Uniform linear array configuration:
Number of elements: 24
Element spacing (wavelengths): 0.25
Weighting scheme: hann
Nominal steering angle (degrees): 15
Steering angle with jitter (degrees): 16.742
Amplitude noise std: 0.05
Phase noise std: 0.05

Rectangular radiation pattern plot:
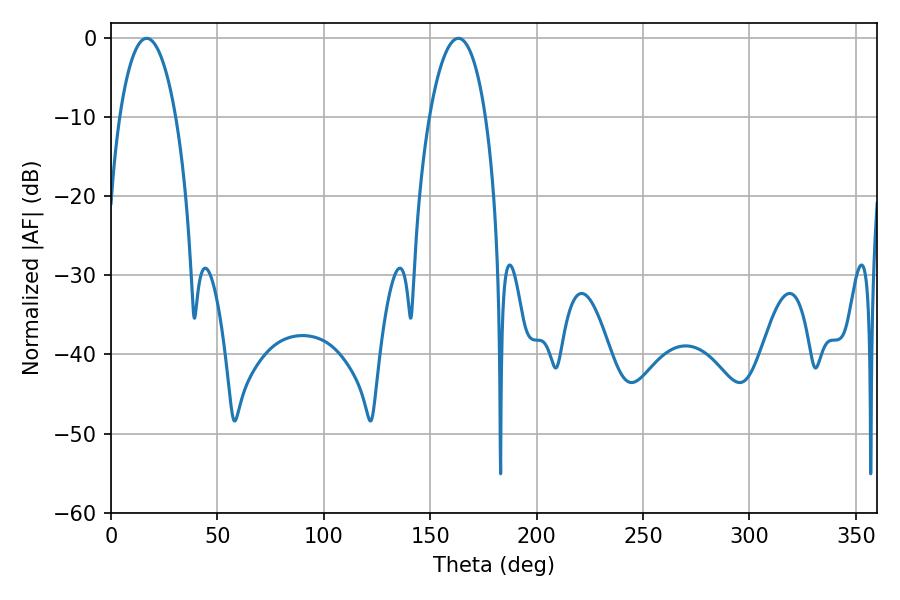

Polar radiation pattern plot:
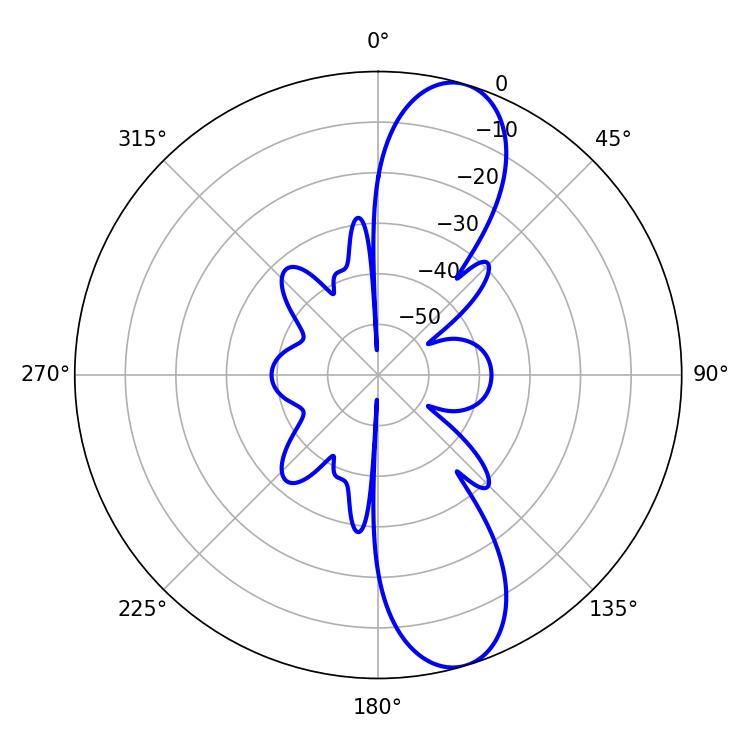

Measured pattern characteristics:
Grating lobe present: FALSE
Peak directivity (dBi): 10.985
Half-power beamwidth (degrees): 14.76
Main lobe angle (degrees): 16.74